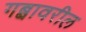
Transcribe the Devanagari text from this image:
गब्बावरील